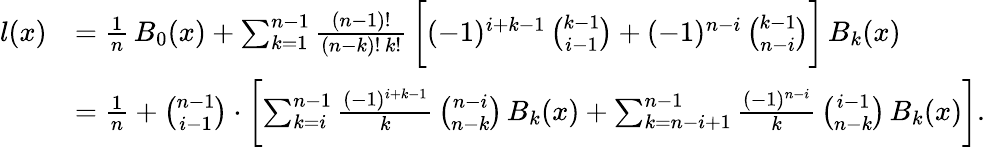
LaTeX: \begin{array}{rl}{l(x)}&{=\frac{1}{n}\, B_{0}(x)+\sum_{k=1}^{n-1}\frac{(n-1)!}{(n-k)!\, k!}\, \biggl[(-1)^{i+k-1}\, \binom{k-1}{i-1}+(-1)^{n-i}\, \binom{k-1}{n-i}\biggr]\, B_{k}(x)}\\ &{=\frac{1}{n}+\binom{n-1}{i-1}\cdot\biggl[\sum_{k=i}^{n-1}\frac{(-1)^{i+k-1}}{k}\, \binom{n-i}{n-k}\, B_{k}(x)+\sum_{k=n-i+1}^{n-1}\frac{(-1)^{n-i}}{k}\, \binom{i-1}{n-k}\, B_{k}(x)\biggr].}\end{array}